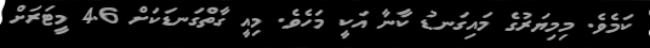
ކަމެވެ. މިމިޔަރުގެ މައިގަނޑު ކާނާ އަކީ މަހެވެ. މިއީ ގާތްގަނޑަކަށް 4.6 މީޓަރަށް